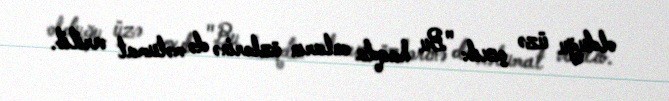
olduğu üzə çıxıb: "Bu haqda onların özlərinə də məlumat verilib.